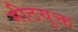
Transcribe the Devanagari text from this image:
मीठयुक्त